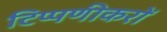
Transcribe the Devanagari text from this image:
टिप्पणीकरों